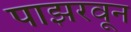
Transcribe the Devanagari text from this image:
पाझरवून